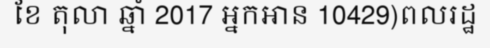
ខែ តុលា ឆ្នាំ 2017 អ្នកអាន 10429)ពលរដ្ឋ